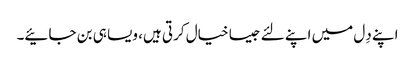
اپنے دِل میں اپنے لئے جیسا خیال کرتی ہیں، ویسا ہی بن جائیے۔